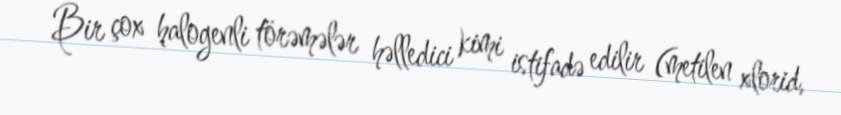
Bir çox halogenli törəmələr həlledici kimi istifadə edilir (metilen xlorid,